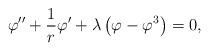
LaTeX: \begin{align*}\varphi'' + {1\over r}\varphi' + \lambda\left(\varphi - \varphi^3\right)=0,\end{align*}